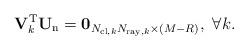
LaTeX: \begin{align*}\mathbf{V}^\mathrm{T}_k \mathbf{U}_{\mathrm{n}} = \mathbf{0}_{N_{\mathrm{cl},k}N_{\mathrm{ray},k} \times \left(M-R\right)}, \,\, \forall k.\end{align*}